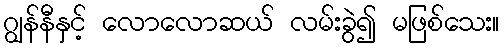
ဂျွန်နီနှင့် လောလောဆယ် လမ်းခွဲ၍ မဖြစ်သေး။